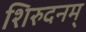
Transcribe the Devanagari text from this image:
शिरुदनम्